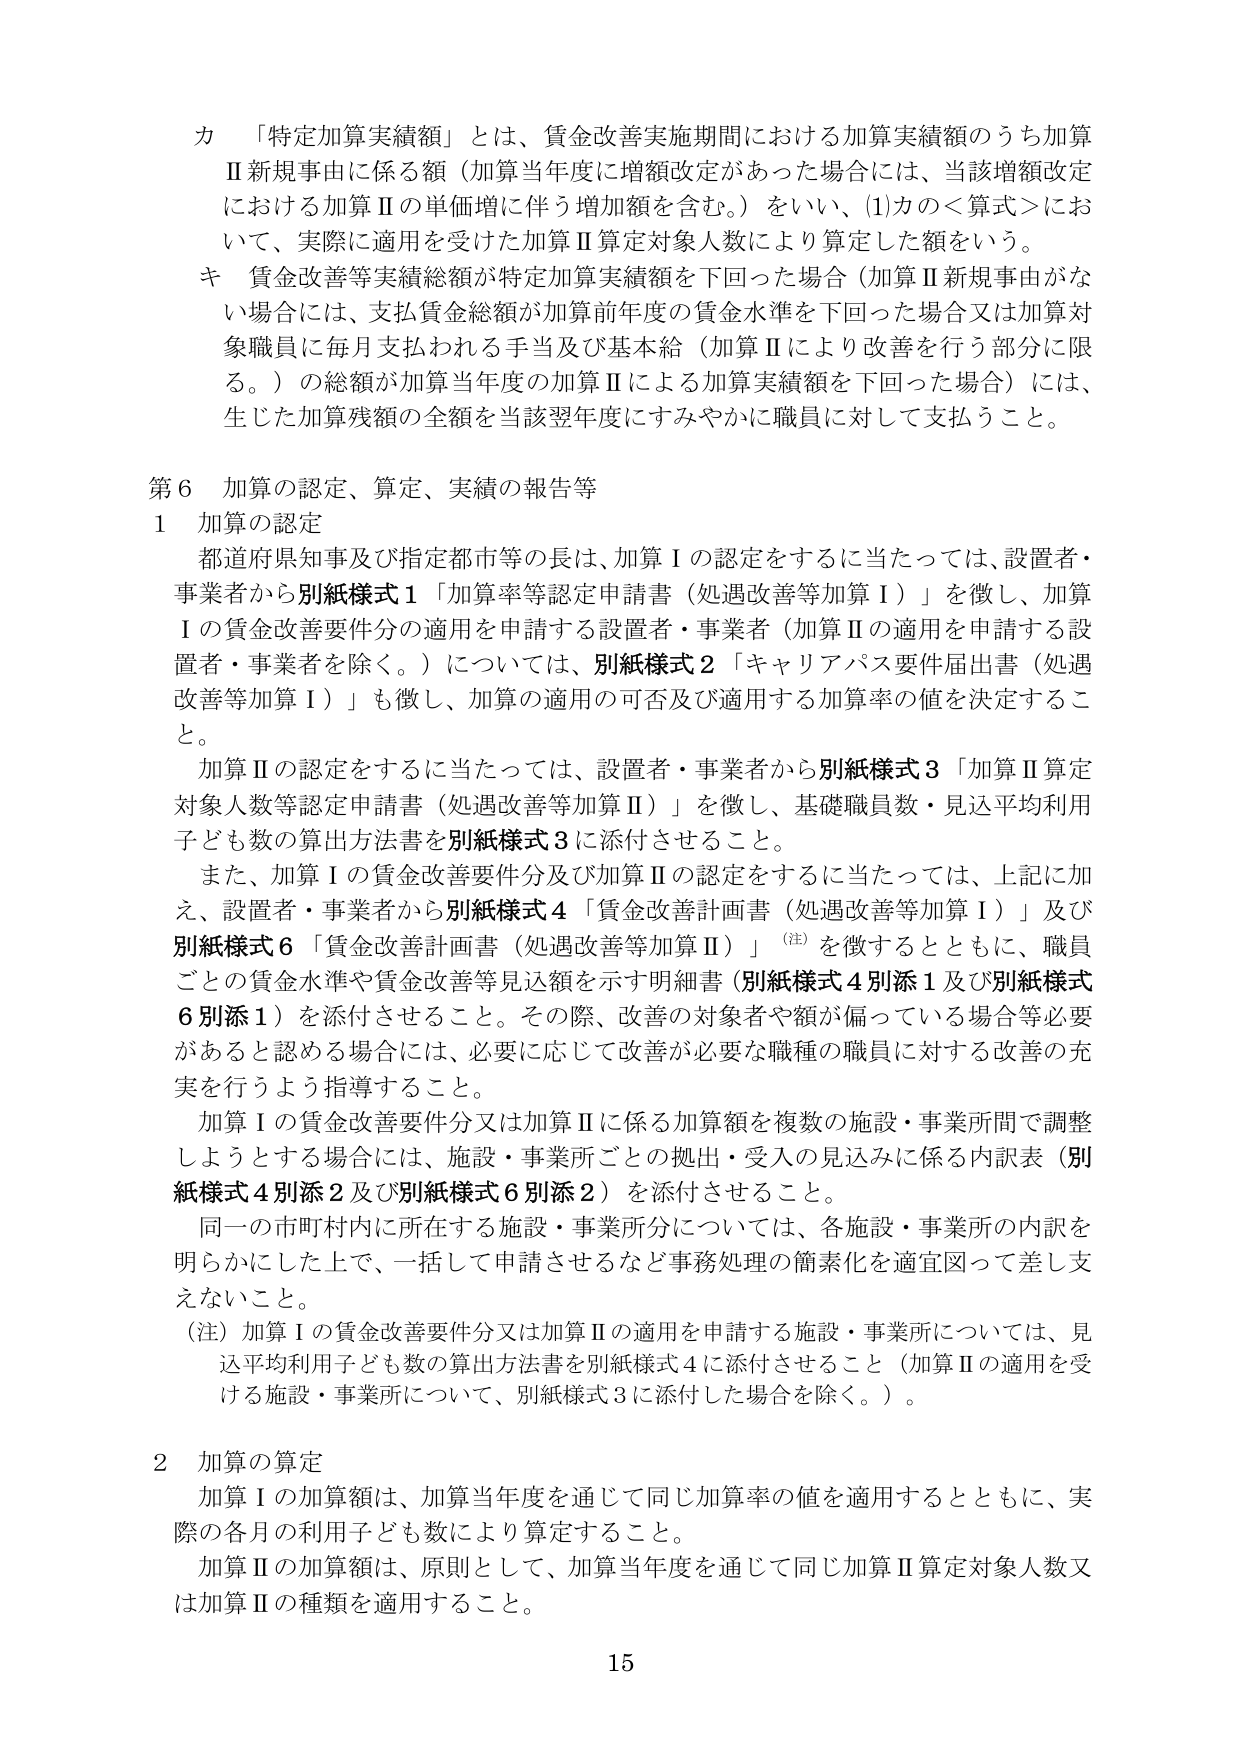
カ 「特定加算実績額」とは、賃金改善実施期間における加算実績額のうち加算Ⅱ新規事由に係る額（加算当年度に増額改定があった場合には、当該増額改定における加算Ⅱの単価増に伴う増加額を含む。）をいい、(1)カの＜算式＞において、実際に適用を受けた加算Ⅱ算定対象人数により算定した額をいう。

キ 賃金改善等実績総額が特定加算実績額を下回った場合（加算Ⅱ新規事由がない場合には、支払賃金総額が加算前年度の賃金水準を下回った場合又は加算対象職員に毎月支払われる手当及び基本給（加算Ⅱにより改善を行う部分に限る。）の総額が加算当年度の加算Ⅱによる加算実績額を下回った場合）には、生じた加算残額の全額を当該翌年度にすみやかに職員に対して支払うこと。

第６ 加算の認定、算定、実績の報告等

１ 加算の認定

都道府県知事及び指定都市等の長は、加算Ⅰの認定をするに当たっては、設置者・事業者から別紙様式１「加算率等認定申請書（処遇改善等加算Ⅰ）」を徴し、加算Ⅰの賃金改善要件分の適用を申請する設置者・事業者（加算Ⅱの適用を申請する設置者・事業者を除く。）については、別紙様式２「キャリアパス要件届出書（処遇改善等加算Ⅰ）」も徴し、加算の適用の可否及び適用する加算率の値を決定すること。

加算Ⅱの認定をするに当たっては、設置者・事業者から別紙様式３「加算Ⅱ算定対象人数等認定申請書（処遇改善等加算Ⅱ）」を徴し、基礎職員数・見込平均利用子ども数の算出方法書を別紙様式３に添付させること。

また、加算Ⅰの賃金改善要件分及び加算Ⅱの認定をするに当たっては、上記に加え、設置者・事業者から別紙様式４「賃金改善計画書（処遇改善等加算Ⅰ）」及び別紙様式６「賃金改善計画書（処遇改善等加算Ⅱ）」（注）を徴するとともに、職員ごとの賃金水準や賃金改善等見込額を示す明細書（別紙様式４別添１及び別紙様式６別添１）を添付させること。その際、改善の対象者や額が偏っている場合等必要があると認める場合には、必要に応じて改善が必要な職種の職員に対する改善の充実を行うよう指導すること。

加算Ⅰの賃金改善要件分又は加算Ⅱに係る加算額を複数の施設・事業所間で調整しようとする場合には、施設・事業所ごとの拠出・受入の見込みに係る内訳表（別紙様式４別添２及び別紙様式６別添２）を添付させること。

同一の市町村内に所在する施設・事業所分については、各施設・事業所の内訳を明らかにした上で、一括して申請させるなど事務処理の簡素化を適宜図って差し支えないこと。

（注）加算Ⅰの賃金改善要件分又は加算Ⅱの適用を申請する施設・事業所については、見込平均利用子ども数の算出方法書を別紙様式４に添付させること（加算Ⅱの適用を受ける施設・事業所について、別紙様式３に添付した場合を除く。）。

２ 加算の算定

加算Ⅰの加算額は、加算当年度を通じて同じ加算率の値を適用するとともに、実際の各月の利用子ども数により算定すること。

加算Ⅱの加算額は、原則として、加算当年度を通じて同じ加算Ⅱ算定対象人数又は加算Ⅱの種類を適用すること。

15